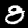
Digit: 8